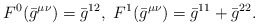
\begin{align*}{}F^0(\bar{g}^{\mu \nu}) = \bar{g}^{12},\ F^1(\bar{g}^{\mu \nu}) =\bar{g}^{11} + \bar{g}^{22}.\end{align*}